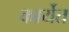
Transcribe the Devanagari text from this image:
कार्येत